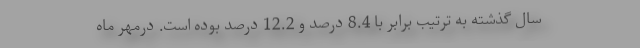
سال گذشته به ترتیب برابر با 8.4 درصد و 12.2 درصد بوده است. درمهر ماه